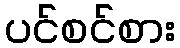
ပင်စင်စား